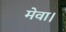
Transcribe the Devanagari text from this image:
मेवा।